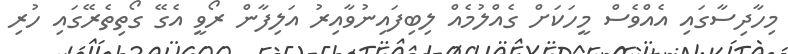
މިހާދިސާގައި އެއްވެސް މީހަކަށް ގެއްލުމެއް ލިބިފައިނުވާއިރު އަލިފާން ރޯވީ އެގޭ ގޯތިތެރޭގައި ހުރި